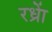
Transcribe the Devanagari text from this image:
रध्राें